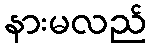
နားမလည်